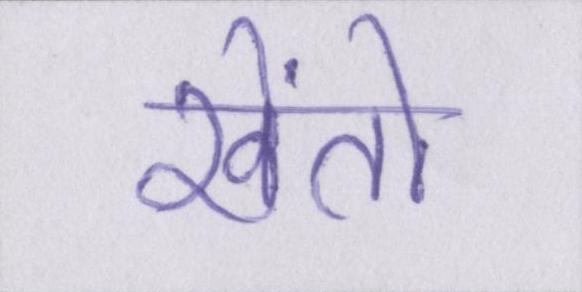
खेंतो